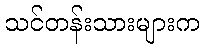
သင်တန်းသားများက